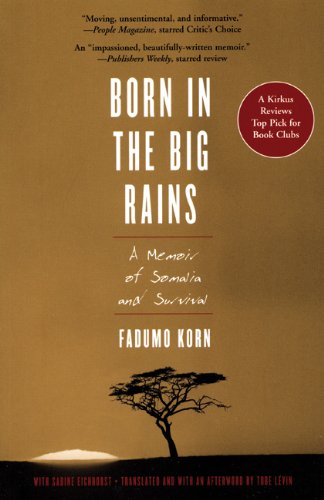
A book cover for Born in the Big Rains: A Memoir of Somalia and Survival (Women Writing Africa); Fadumo Korn; Travel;